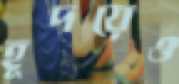
হূদয়েও